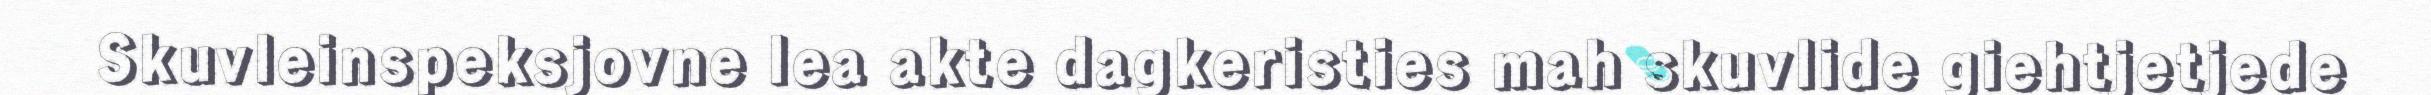
Skuvleinspeksjovne lea akte dagkeristies mah skuvlide giehtjetjede